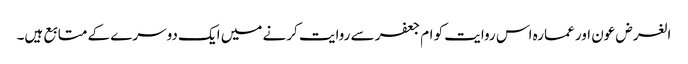
الغرض عون اور عمارہ اس روایت کو ام جعفر سے روایت کرنے میں ایک دوسرے کے متابع ہیں۔